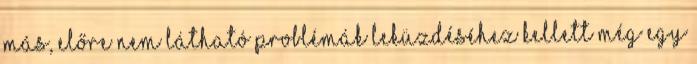
más, előre nem látható problémák leküzdéséhez kellett még egy